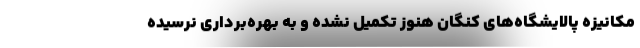
مکانیزه پالایشگاه‌های کنگان هنوز تکمیل نشده و به بهره‌برداری نرسیده